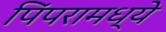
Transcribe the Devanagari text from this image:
पिंपरामध्ये